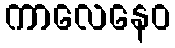
ကာလေနေဝ